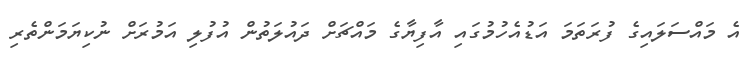
އެ މައްސަލައިގެ ފުރަތަމަ އަޑުއެހުމުގައި އާފިޔާގެ މައްޗަށް ދައުލަތުން އުފުލި އަމުރަށް ނުކިޔަމަންތެރި